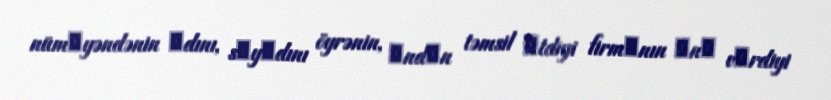
nümаyəndənin аdını, sоyаdını öyrənin, оndаn təmsil еtdiyi firmаnın оnа vеrdiyi